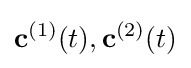
\mathbf {c} ^{(1)}(t),\mathbf {c} ^{(2)}(t)